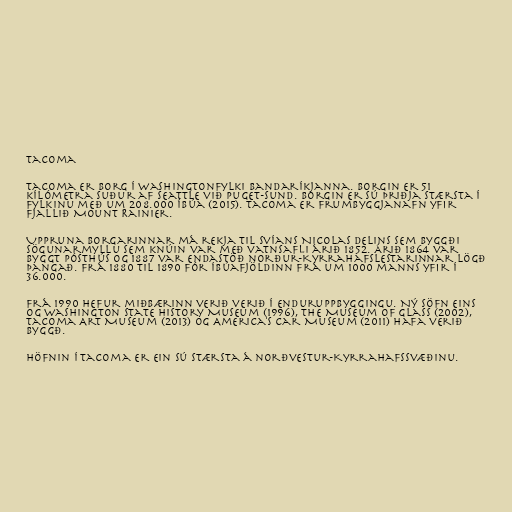
Tacoma

Tacoma er borg í Washingtonfylki Bandaríkjanna. Borgin er 51
kílómetra suður af Seattle við Puget-sund. Borgin er sú þriðja stærsta í
fylkinu með um 208.000 íbúa (2015). Tacoma er frumbyggjanafn yfir
fjallið Mount Rainier.

Uppruna borgarinnar má rekja til Svíans Nicolas Delins sem byggði
sögunarmyllu sem knúin var með vatnsafli árið 1852. Árið 1864 var
byggt pósthús og 1887 var endastöð norður-Kyrrahafslestarinnar lögð
þangað. Frá 1880 til 1890 fór íbúafjöldinn frá um 1000 manns yfir í
36.000.

Frá 1990 hefur miðbærinn verið verið í enduruppbyggingu. Ný söfn eins
og Washington State History Museum (1996), The Museum of Glass (2002),
Tacoma Art Museum (2013) og America's Car Museum (2011) hafa verið
byggð.

Höfnin í Tacoma er ein sú stærsta á norðvestur-Kyrrahafssvæðinu.